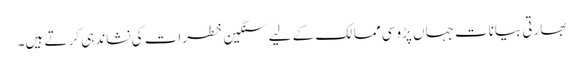
بھارتی بیانات جہاں پڑوسی ممالک کے لیے سنگین خطرات کی نشاندہی کر تے ہیں۔